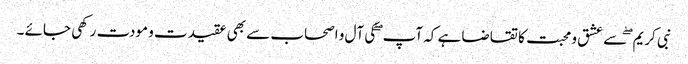
نبی کریم ۖ سے عشق و محبت کا تقاضا ہے کہ آپ ۖ کی آل و اصحاب سے بھی عقیدت و مودت رکھی جائے ۔